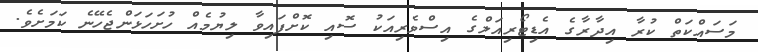
މަަސައްކަތް ކުރާ އިދާރާގެ އެޑިޓޯރިއަލްގެ އިސްވެރިއަކު ސޮއި ކޮށްފައިވާ ލިޔުމެއް ހުށަހަޅަންޖެހޭނެ ކަމަށެވެ.